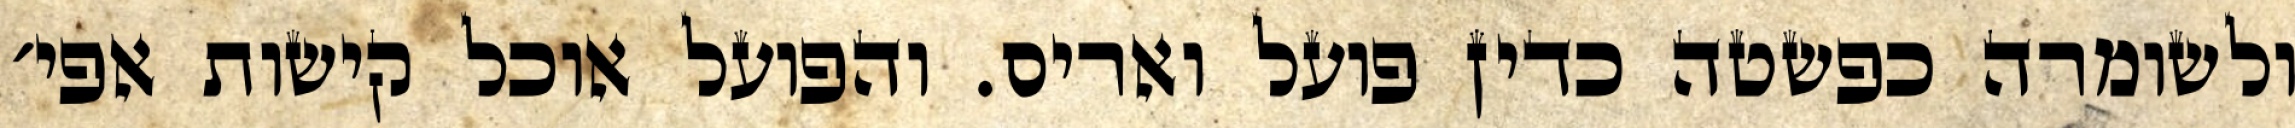
ולשומרה כפשטה כדין פועל ואריס. והפועל אוכל קישות אפי׳